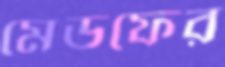
মেডফের